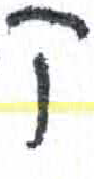
אות: ק